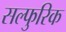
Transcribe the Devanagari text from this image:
सल्फुरिक